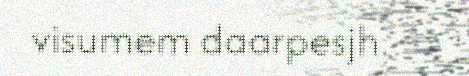
visumem daarpesjh